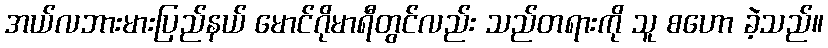
အယ်လဘားမားပြည်နယ် မောင်ဂိုမာရီတွင်လည်း သည်တရားကို သူ စဟော ခဲ့သည်။